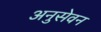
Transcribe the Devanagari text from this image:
अनुसेवन